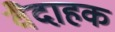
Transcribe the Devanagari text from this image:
वैदाहक